Indian journal of veterinary science and animal husbandry - Volume 12,
Year: 1942
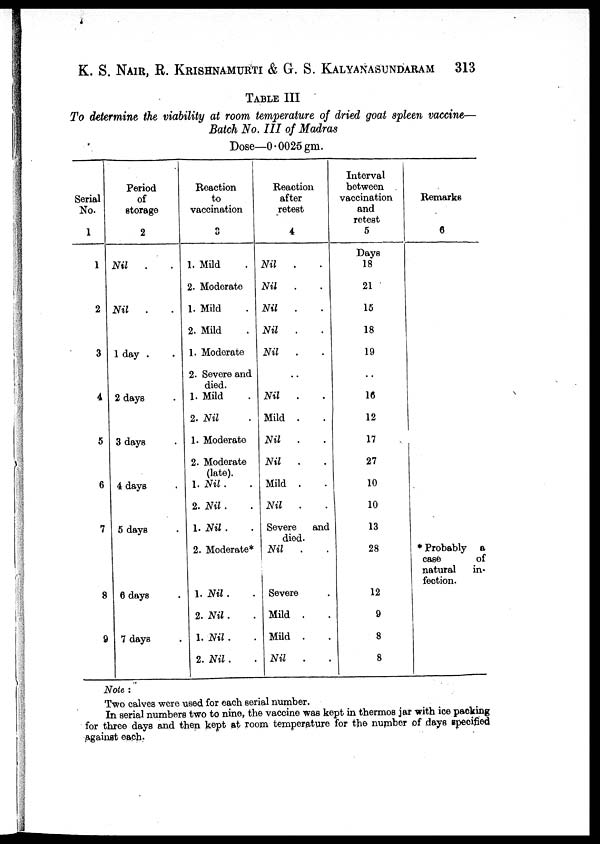
K. S. NAIR, R. KRISHNAMURTI & G. S. KALYANASUNDARAM 313
TABLE III
To determine the viability at room temperature of dried goat spleen vaccine—
Batch No. III of Madras
Dose—0.0025 gm.
Serial
No.
1
1
2
3
4
5
6
7
8
9
Period
of
storage
2
Nil . .
Nil . .
1 day .
2 days .
3 days .
4 days .
5 days .
6 days .
7 days .
Reaction
to
vaccination
3
1. Mild
2. Moderate
1. Mild
2. Mild
1. Moderate
2. Severe and
died.
1. Mild
2. Nil
1. Moderate
2. Moderate
(late).
1. Nil .
2. Nil .
1. Nil .
2. Moderate*
1. Nil . .
2. Nil. .
1. Nil . .
2. Nil . .
Reaction
after
retest
4
Nil . .
Nil . .
Nil . .
Nil . .
Nil . .
. .
Nil . .
Mild . .
Nil . .
Nil . .
Mild . .
Nil . .
Severe and
died.
Nil
Severe .
Mild . .
Mild . .
Nil . .
Interval
between
vaccination
and
retest
5
Days
18
21
15
18
19
..
16
12
17
27
10
10
13
28
12
9
8
8
Remarks
6
* Probably a
case
of
natural
in-
fection.
Note:
Two calves were used for each serial number.
In serial numbers two to nine, the vaccine was kept in thermos jar with ice packing
for three days and then kept at room temperature for the number of days specified
against each.